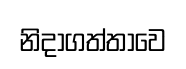
නිදාගත්තාවෙ